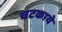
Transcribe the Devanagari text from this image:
चटकाये